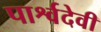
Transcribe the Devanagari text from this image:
पार्श्वदेवी